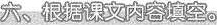
六、根据课文内容填空。